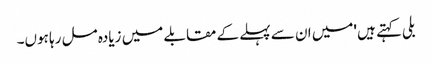
بلی کہتے ہیں 'میں ان سے پہلے کے مقابلے میں زیادہ مل رہا ہوں۔